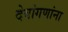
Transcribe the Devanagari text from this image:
देवांगणांना